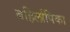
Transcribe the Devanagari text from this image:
बहिर्लापिका